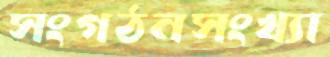
সংগঠনসংখ্যা